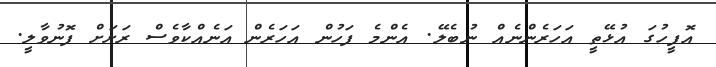
އޮފީހުގަ އުޅޭތީ އަހަރެންނެއް ނުބެލޭ. އެންމެ ފަހުން އަހަރެން އަނެއްކާވެސް ރަށަށް ފޮނުވާލީ.